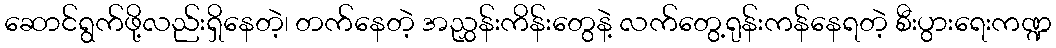
ဆောင်ရွက်ဖို့လည်းရှိနေတဲ့၊ တက်နေတဲ့ အညွှန်းကိန်းတွေနဲ့ လက်တွေ့ရုန်းကန်နေရတဲ့ စီးပွားရေးကဏ္ဍ